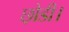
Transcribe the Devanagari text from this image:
छ़ोडी।